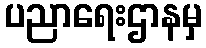
ပညာရေးဌာနမှ